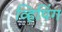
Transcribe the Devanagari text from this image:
व्हिपिंग